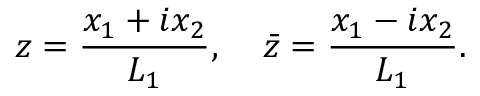
z = \frac { x _ { 1 } + i x _ { 2 } } { L _ { 1 } } , \; \; \; \; \bar { z } = \frac { x _ { 1 } - i x _ { 2 } } { L _ { 1 } } .